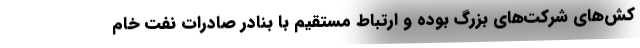
کش‌های شرکت‌های بزرگ بوده و ارتباط مستقیم با بنادر صادرات نفت خام